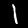
Label: 1